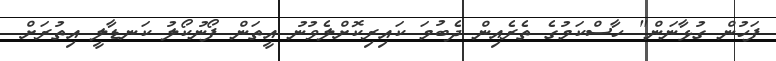
ފަހުން ގުޅާނަން" ހާސްކަމުގެ ތެރެއިން ދެބުމަ ކައިރިކޮށްލެވުނު އީތަން ފޯނުކޯލު ކަނޑާލީ އިތުރަށް